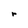
Character: r